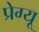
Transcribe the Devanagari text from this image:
प्रेग्यू